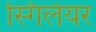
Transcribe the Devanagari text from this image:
स्गिलेयर